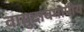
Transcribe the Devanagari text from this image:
वायुदाबमापीय